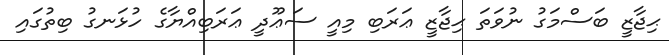
ޙިޖާޒީ ބަސްމަގު ނުވަތަ ޙިޖާޒީ ޢަރަބި މިއީ ސަޢޫދީ ޢަރަބިއްޔާގެ ހުޅަނގު ބިތުގައި